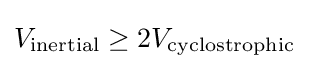
V_{\text{inertial}}\geq 2V_{\text{cyclostrophic}}